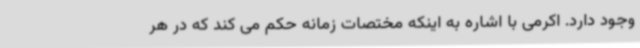
وجود دارد. اکرمی با اشاره به اینکه مختصات زمانه حکم می کند که در هر